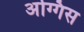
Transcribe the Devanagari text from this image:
अग्गिस